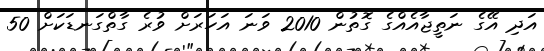
އަދި އޭގެ ނަތީޖާއެއްގެ ގޮތުން 2010 ވަނަ އަހަރަށް ވުރެ ގާތްގަނޑަކަށް 50